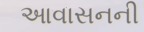
આવાસનની